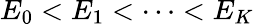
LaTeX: E_{0}<E_{1}<\dots<E_{K}